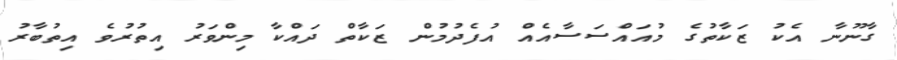
ގާނޫނާ އެކު ޒަކާތުގެ މުއައްސަސާއެއް އުފެދުމުން ޒަކާތް ދައްކާ މިންވަރު އިތުރުވެ އިތުބާރު